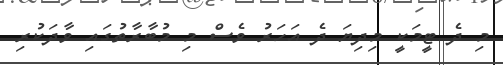
މި ދެ ޓީމަކީ މިދިޔަ ދެ އަހަރު ވެސް މި މުބާރާތުގައި ވާދަކުރި